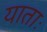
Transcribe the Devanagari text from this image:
याताः